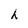
Character: h